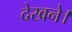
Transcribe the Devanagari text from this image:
देखने।